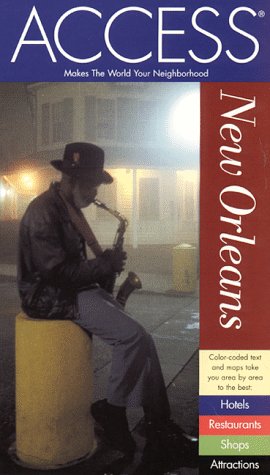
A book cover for Access New Orleans (Access New Orleans, 4th ed); Constance Snow; Travel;